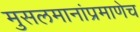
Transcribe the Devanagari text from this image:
मुसलमानांप्रमाणेच